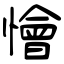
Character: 懀